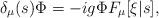
LaTeX: \begin{align*}\delta_\mu(s) \Phi = - ig \Phi F_\mu[\xi|s],\end{align*}